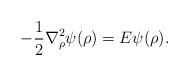
LaTeX: \begin{align*}-\frac{1}{2}{\bf \nabla}^2_{\rho}\psi(\rho) = E \psi(\rho).\end{align*}